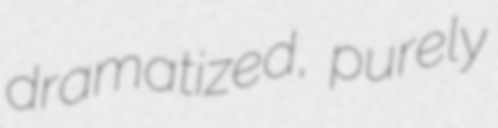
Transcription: dramatized, purely